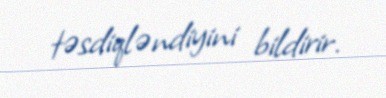
təsdiqləndiyini bildirir.